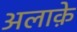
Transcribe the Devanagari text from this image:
अलाक़े